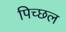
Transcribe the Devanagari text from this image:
पिच्छल